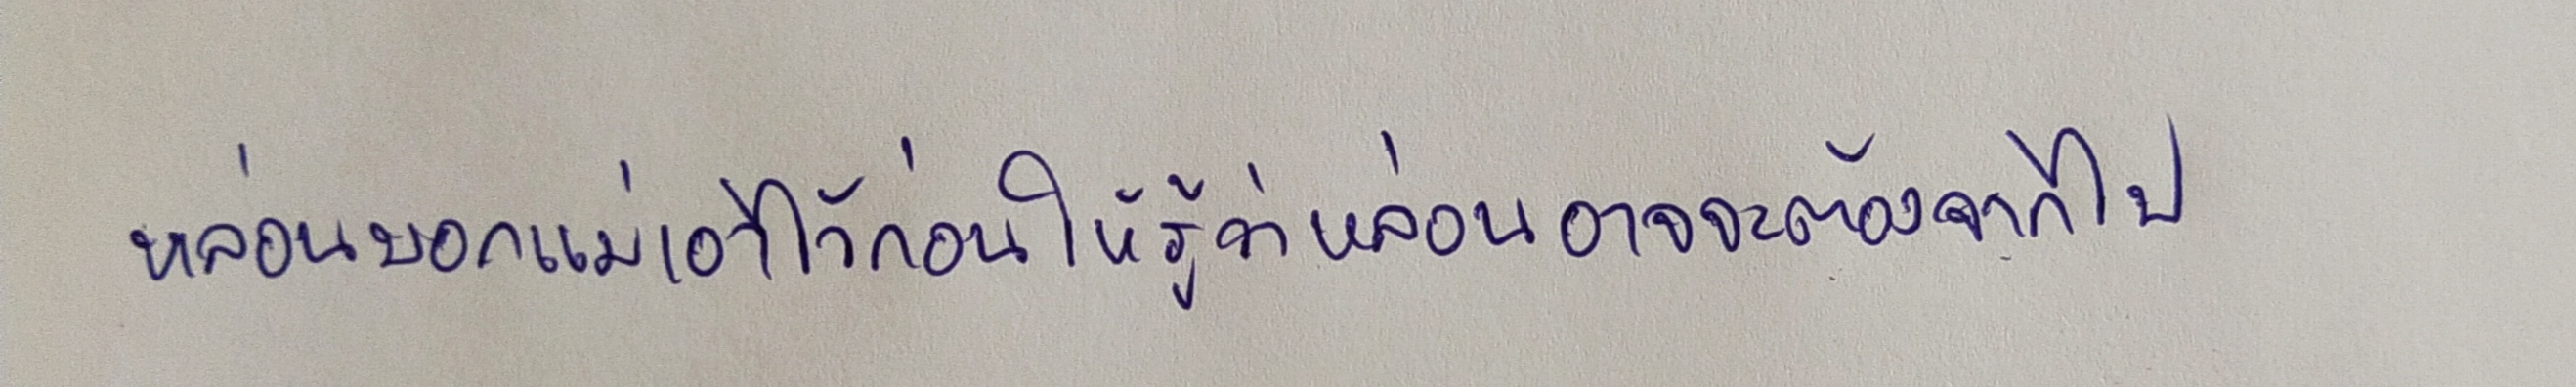
หล่อนบอกแม่เอาไว้ก่อนให้รู้ว่าหล่อนอาจจะต้องจากไป